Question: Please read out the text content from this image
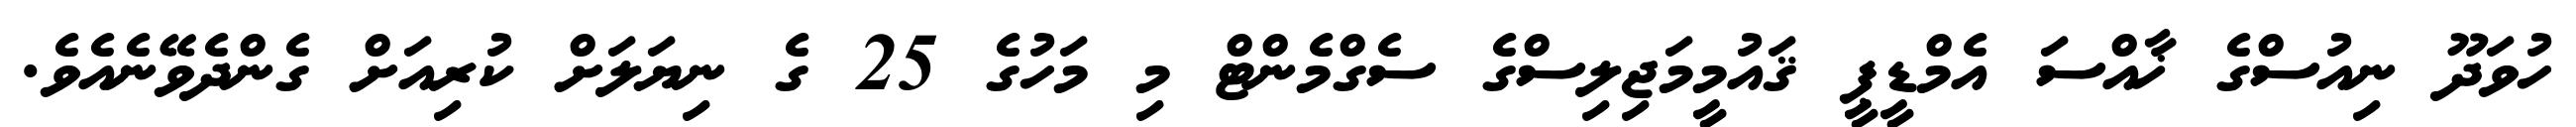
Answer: ހުވަދޫ ނިއުސްގެ ޚާއްސަ އެމްޑީޕީ ޤައުމީމަޖިލިސްގެ ސެގްމެންޓް މި މަހުގެ 25 ގެ ނިޔަލަށް ކުރިއަށް ގެންދެވޭނެއެވެ.